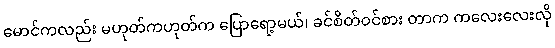
မောင်ကလည်း မဟုတ်ကဟုတ်က ပြောရော့မယ်၊ ခင်စိတ်ဝင်စား တာက ကလေးလေးလို